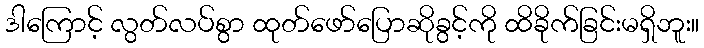
ဒါကြောင့် လွတ်လပ်စွာ ထုတ်ဖော်ပြောဆိုခွင့်ကို ထိခိုက်ခြင်းမရှိဘူး။